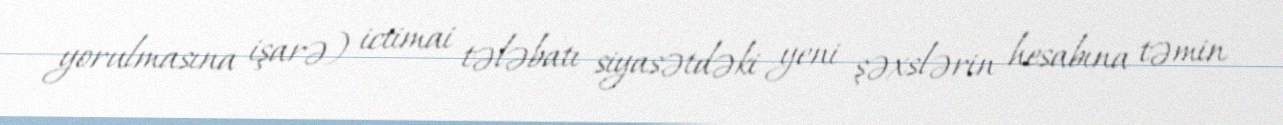
yorulmasına işarə) ictimai tələbatı siyasətdəki yeni şəxslərin hesabına təmin